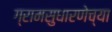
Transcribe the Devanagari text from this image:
ग्रामसुधारणेच्या